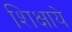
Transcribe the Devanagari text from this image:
शिक्षाये